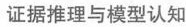
证据推理与模型认知